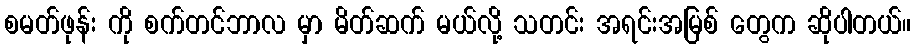
စမတ်ဖုန်း ကို စက်တင်ဘာလ မှာ မိတ်ဆက် မယ်လို့ သတင်း အရင်းအမြစ် တွေက ဆိုပါတယ်။